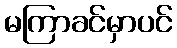
မကြာခင်မှာပင်